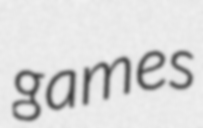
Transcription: games